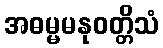
အဓမ္မမနုဝတ္တိသံ